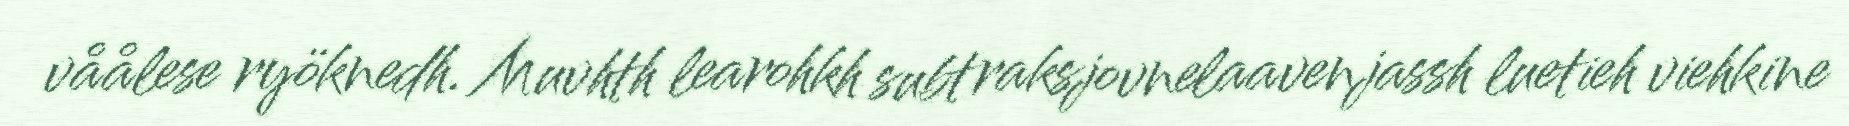
våålese ryöknedh. Muvhth learohkh subtraksjovnelaavenjassh luetieh viehkine